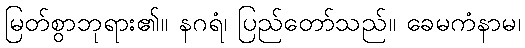
မြတ်စွာဘုရား၏။ နဂရံ၊ ပြည်တော်သည်။ ခေမကံနာမ၊